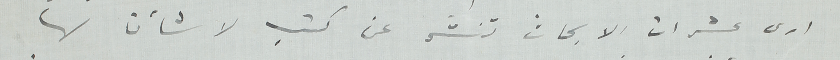
ارى عشرات الابحاث تنشر عن كتب لا شأن لها